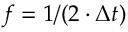
f = 1 / ( 2 \cdot \Delta t )